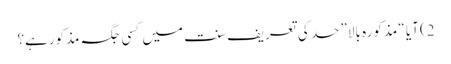
2) آیا “ مذکورہ بالا” حد کی تعریف سنت میں کسی جگہ مذکورہے؟